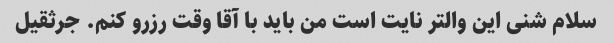
سلام شنی این والتر نایت است من باید با آقا وقت رزرو کنم. جرثقیل